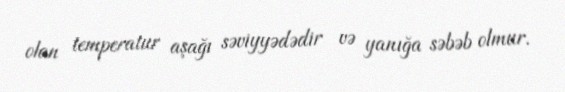
olan temperatur aşağı səviyyədədir və yanığa səbəb olmur.